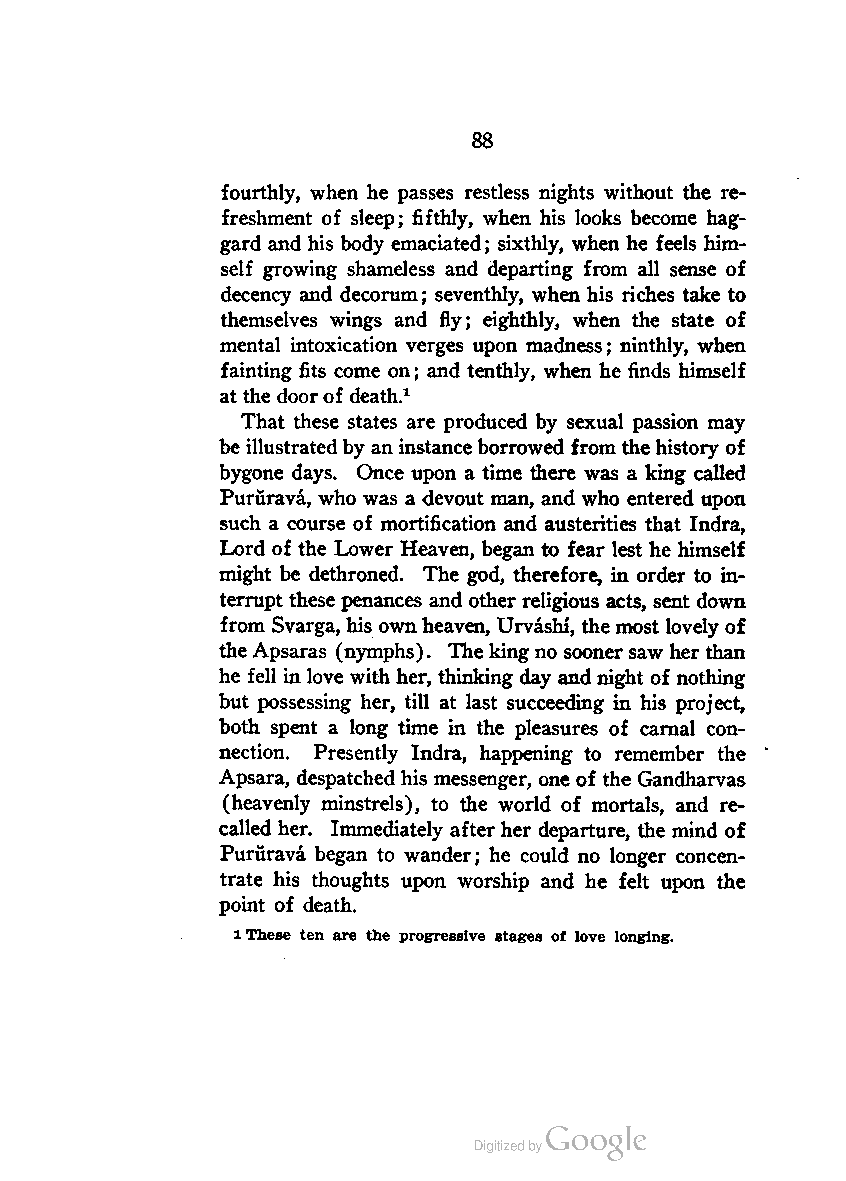
88
 fourthly, when he passes restless nights without the re
 freshment of sleep; fifthly, when his looks become hag
 gard and his body emaciated; sixthly, when he feels him
 self growing shameless and departing from all sense of
 decency and decorum; seventhly, when his riches take to
 themselves wings and fly; eighthly, when the state of
 mental intoxication verges upon madness; ninthly, when
 fainting fits come on; and tenthly, when he finds himself
 atthe doorof death.1
 That these states are produced by sexual passion may
 be illustratedby an instanceborrowed from thehistory of
 bygone days. Once upon a time there was a king called
 Pururava, who was a devout man, and who entered upon
 such a course of mortification and austerities that Indra,
 Lord of the Lower Heaven, began to fear lest he himself
 might be dethroned. The god, therefore, in order to in
 terrupt these penances and other religious acts, sent down
 from Svarga, his ownheaven, Urvashi, the most lovely of
 theApsaras (nymphs). The kingno soonersawherthan
 he fell in love withher, thinking day andnight of nothing
 but possessing her, till at last succeeding in his project,
 both spent a long time in the pleasures of carnal con
 nection. Presently Indra, happening to remember the
 Apsara, despatched his messenger, oneof the Gandharvas
 (heavenly minstrels), to the world of mortals, and re
 called her. Immediately afterher departure, the mind of
 Pururava began to wander; he could no longer concen
 trate his thoughts upon worship and he felt upon the
 point of death.
 lThese ten are the progressive stages of love longing.